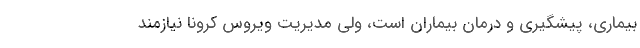
بیماری، پیشگیری و درمان بیماران است، ولی مدیریت ویروس کرونا نیازمند